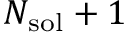
N _ { \mathrm { s o l } } + 1